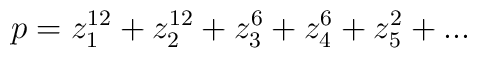
p = z_{1}^{12} + z_{2}^{12} + z_{3}^{6} + z_{4}^{6}  + z_{5}^{2} + ...